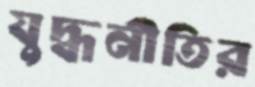
যুদ্ধনীতির